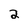
Character: 2